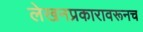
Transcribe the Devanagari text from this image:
लेखनप्रकारावरूनच